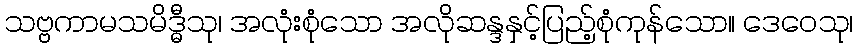
သဗ္ဗကာမသမိဒ္ဓီသု၊ အလုံးစုံသော အလိုဆန္ဒနှင့်ပြည့်စုံကုန်သော။ ဒေဝေသု၊